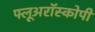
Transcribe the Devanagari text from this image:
फ्लूअरॉस्कोपी